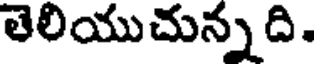
తెలియుచున్నది.